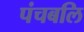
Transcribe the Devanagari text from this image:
पंचबलि